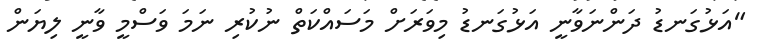
"އަޅުގަނޑު ދަންނަވާނީ އަޅުގަނޑު މިވަރަށް މަސައްކަތް ނުކުރި ނަމަ ވަސްމީ ވާނީ ލިޔަން